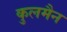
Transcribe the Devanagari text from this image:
कुलमैन